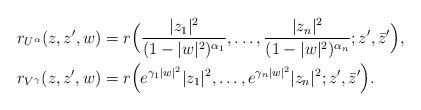
LaTeX: \begin{align*}&r_{U^{\alpha}}(z,z^{\prime},w)=r\Big(\frac{|z_1|^2}{(1-|w|^2)^{\alpha_1}},\dots,\frac{|z_n|^2}{(1-|w|^2)^{\alpha_n}};z^{\prime},\bar{z}^{\prime}\Big),\\&r_{V^{\gamma}}(z,z^{\prime},w)=r\Big(e^{\gamma_1|w|^2}|z_1|^2,\dots,e^{\gamma_n|w|^2}|z_n|^2;z^{\prime},\bar{z}^{\prime}\Big).\end{align*}